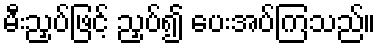
မီးညှပ်ဖြင့် ညှပ်၍ ပေးအပ်ကြသည်။